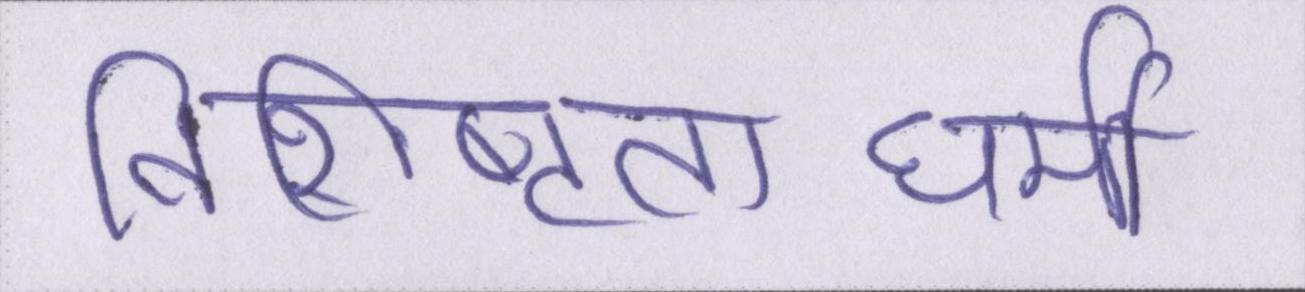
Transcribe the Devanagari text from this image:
विशिष्टताधर्मी